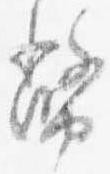
幣